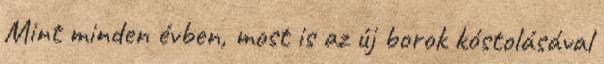
Mint minden évben, most is az új borok kóstolásával